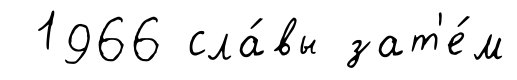
1966 сла́вы зат'е́м